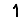
Digit: 1